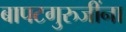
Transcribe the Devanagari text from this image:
बापटगुरुजींना